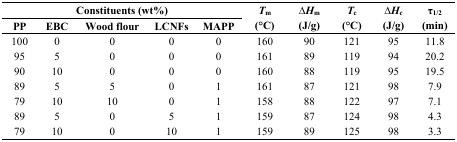
<table><thead><tr><td colspan="5"><b>Constituents (wt%)</b></td><td rowspan="2"><b><i>T</i><sub>m</sub> (°C)</b></td><td rowspan="2"><b>∆<i>H</i><sub>m</sub> (J/g)</b></td><td rowspan="2"><b><i>T</i><sub>c</sub> (°C)</b></td><td rowspan="2"><b>∆<i>H</i><sub>c</sub> (J/g)</b></td><td rowspan="2"><b>τ<sub>1/2</sub> (min)</b></td></tr><tr><td><b>PP</b></td><td><b>EBC</b></td><td><b>Wood flour</b></td><td><b>LCNFs</b></td><td><b>MAPP</b></td></tr></thead><tbody><tr><td>100</td><td>0</td><td>0</td><td>0</td><td>0</td><td>160</td><td>90</td><td>121</td><td>95</td><td>11.8</td></tr><tr><td>95</td><td>5</td><td>0</td><td>0</td><td>0</td><td>161</td><td>89</td><td>119</td><td>94</td><td>20.2</td></tr><tr><td>90</td><td>10</td><td>0</td><td>0</td><td>0</td><td>160</td><td>88</td><td>119</td><td>95</td><td>19.5</td></tr><tr><td>89</td><td>5</td><td>5</td><td>0</td><td>1</td><td>161</td><td>87</td><td>121</td><td>98</td><td>7.9</td></tr><tr><td>79</td><td>10</td><td>10</td><td>0</td><td>1</td><td>158</td><td>88</td><td>122</td><td>97</td><td>7.1</td></tr><tr><td>89</td><td>5</td><td>0</td><td>5</td><td>1</td><td>159</td><td>87</td><td>124</td><td>98</td><td>4.3</td></tr><tr><td>79</td><td>10</td><td>0</td><td>10</td><td>1</td><td>159</td><td>89</td><td>125</td><td>98</td><td>3.3</td></tr></tbody></table>